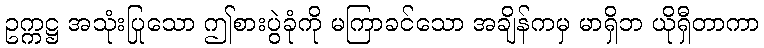
ဥက္ကဋ္ဌ အသုံးပြုသော ဤစားပွဲခုံကို မကြာခင်သော အချိန်ကမှ မာရှိဘ ယိုရှီတာကာ